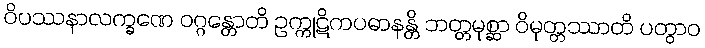
ဝိပဿနာလက္ခဏေ ဝဂ္ဂန္တောတိ ဥက္ကုဋိကပဓာနန္တိ ဘတ္တမုစ္ဆာ ဝိမုတ္တဿာတိ ပတွာဝ